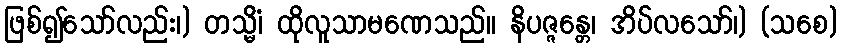
ဖြစ်၍သော်လည်း၊) တသ္မိံ၊ ထိုလူသာမဏေသည်။ နိပဇ္ဇန္တေ၊ အိပ်လသော်၊) (သစေ)